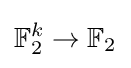
\mathbb {F} _{2}^{k}\to \mathbb {F} _{2}